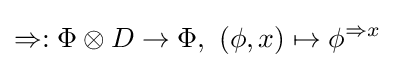
\Rightarrow :\Phi \otimes D\rightarrow \Phi ,~(\phi ,x)\mapsto \phi ^{\Rightarrow x}